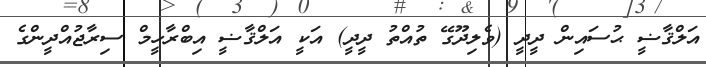
އަލްޤާޟީ ޙުސައިން ދީދީ (ވެލިދޫގޭ ތުއްތު ދީދީ) އަކީ އަލްޤާޟީ އިބްރާހީމް ސިރާޖުއްދީންގެ